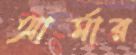
আর্মার